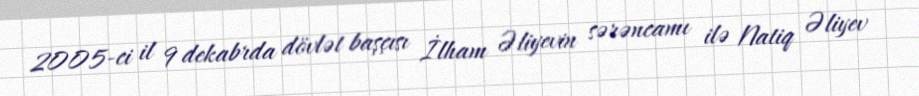
2005-ci il 9 dekabrda dövlət başçısı İlham Əliyevin sərəncamı ilə Natiq Əliyev